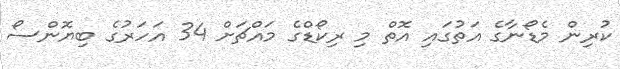
ކުރިން މެޑޯނާގެ އަތުގައި އޮތް މި ރިކޯޑްގެ މައްޗަށް 34 އަހަރުގެ ބިޔޮންސޯ